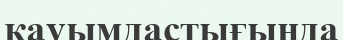
кауымдастығында